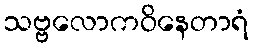
သဗ္ဗလောကဝိနေတာရံ